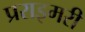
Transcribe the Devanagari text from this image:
प्रराइमरी